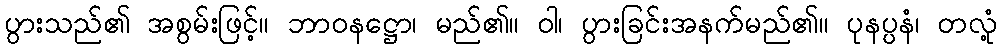
ပွားသည်၏ အစွမ်းဖြင့်။ ဘာဝနဋ္ဌော၊ မည်၏။ ဝါ၊ ပွားခြင်းအနက်မည်၏။ ပုနပ္ပနံ၊ တလုံ့